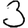
Digit: 3